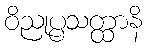
ဝိညုပ္ပသတ္ထာနိ